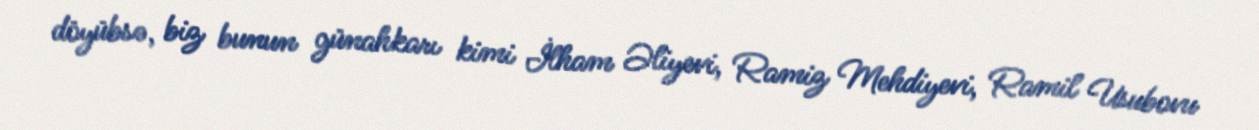
döyübsə, biz bunun günahkarı kimi İlham Əliyevi, Ramiz Mehdiyevi, Ramil Usubovu